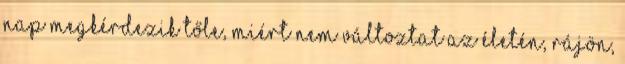
nap megkérdezik tőle, miért nem változtat az életén, rájön,